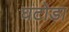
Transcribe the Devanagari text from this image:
घटोडा